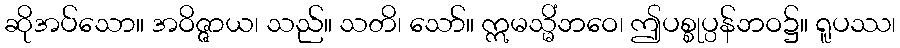
ဆိုအပ်သော။ အဝိဇ္ဇာယ၊ သည်။ သတိ၊ သော်။ ဣမသ္မိံဘဝေ၊ ဤပစ္စုပ္ပန်ဘဝ၌။ ရူပဿ၊